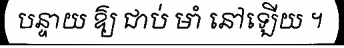
បន្ទាយ ឱ្យ ជាប់ មាំ នៅឡើយ ។